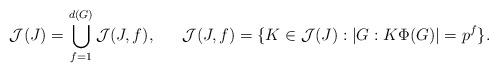
LaTeX: \begin{align*}\mathcal{J}(J) & = \bigcup_{f=1}^{d(G)} \mathcal{J}(J,f),&\mathcal{J}(J,f) & = \{K \in \mathcal{J}(J) : |G:K\Phi(G)|=p^f\}.\end{align*}